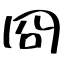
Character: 冏